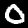
Label: 0